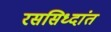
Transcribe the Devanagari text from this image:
रससिध्दांत